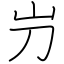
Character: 屶